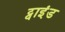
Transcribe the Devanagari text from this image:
ट्वाइंड